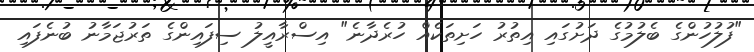
"ފުލުހުންގެ ބެލުމުގެ ދަށުގައި އިތުރު ހަށިތަކެއް ހުރެދާނެ" އިސްރާއީލު ސިފައިންގެ ތަރުޖަމާނު ބުނެފައި